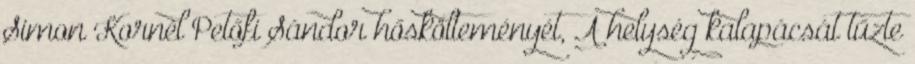
Simon Kornél Petőfi Sándor hőskölteményét, A helység kalapácsát tűzte